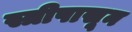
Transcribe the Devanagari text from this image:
स्त्रीपासून